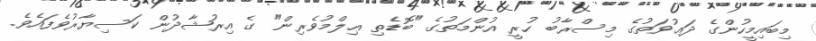
މިބައިމީހުންގެ ދަޢުވަތުގެ މިސްރާބު ހުރީ އުންމަތުގެ "ބޮޑެތި ޢިލްމުވެރިން" ގެ އިރުޝާދުން ކަސިޔާރުވެފައެވެ.